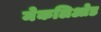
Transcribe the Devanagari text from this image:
मेकलिओड